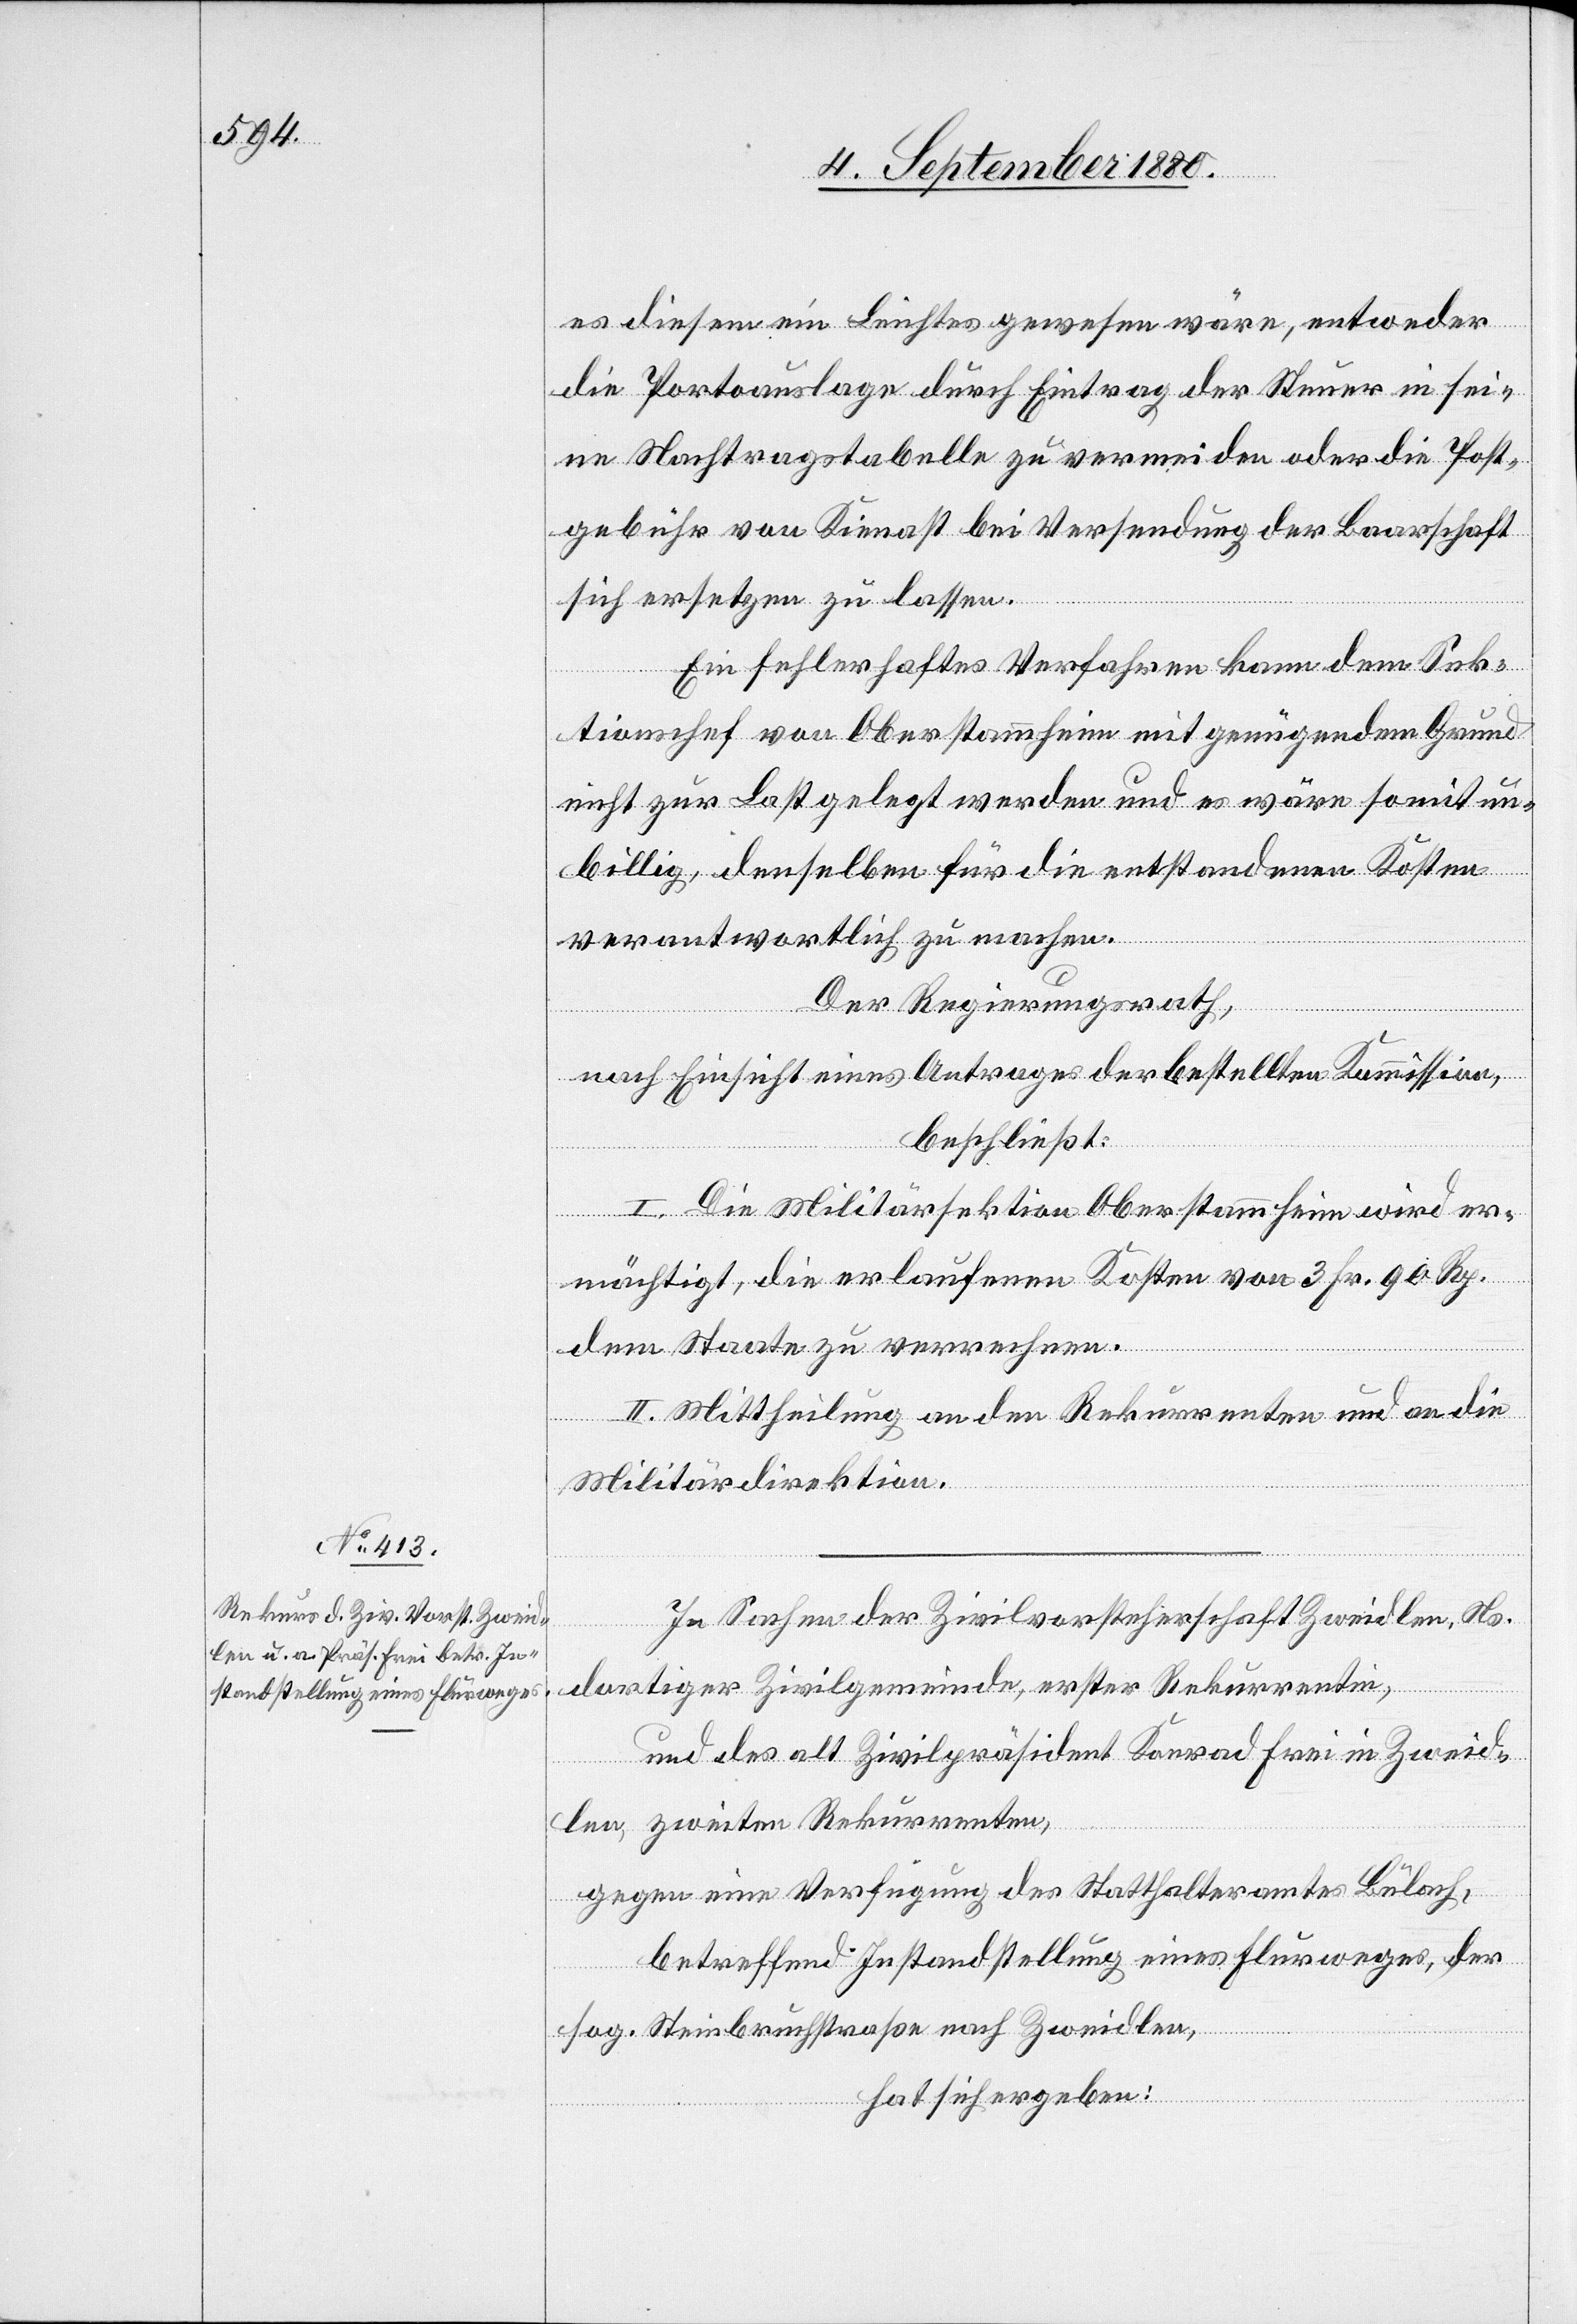
In Sachen der Zivilvorsteherschaft Zweidlen, Ns.
dortiger Zivilgemeinde, erster Rekurrentin,
und des alt Zivilpräsident Konrad Frei in Zweid¬
len, zweiten Rekurrenten,
gegen eine Verfügung des Statthalteramtes Bülach,
betreffen Instandhaltung eines Flurweges, der
sog. Steinbruchstraße nach Zweidlen,
hat sich ergeben: